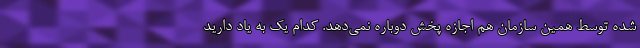
شده توسط همین سازمان هم اجازه پخش دوباره نمی‌دهد. کدام یک به یاد دارید